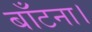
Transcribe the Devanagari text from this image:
बाँटना।